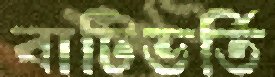
বাটিভর্তি